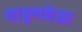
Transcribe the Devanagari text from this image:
वाइनवेडा